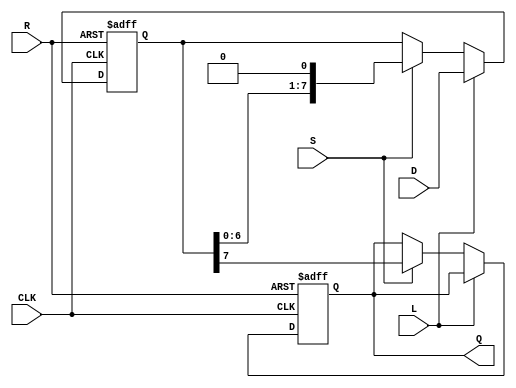
module PISO_Register (
    input wire [7:0] D,     // 8-bit input data bus
    input wire L,           // Load control signal
    input wire S,           // Shift control signal
    input wire CLK,         // Clock signal
    input wire R,           // Asynchronous reset signal
    output reg Q            // Serial output
);

    reg [7:0] shift_reg;    // 8-bit shift register

    always @(posedge CLK or posedge R) begin
        if (R) begin
            // Asynchronous reset
            shift_reg <= 8'b0;
            Q <= 1'b0;       // Reset serial output
        end else begin
            if (L) begin
                // Load data into the register
                shift_reg <= D;
            end else if (S) begin
                // Shift data out serially
                Q <= shift_reg[7]; // Output the MSB
                shift_reg <= {shift_reg[6:0], 1'b0}; // Shift right
            end
            // If neither L nor S is asserted, do nothing
        end
    end

endmodule